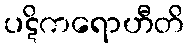
ပဋိကရောဟီတိ